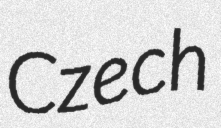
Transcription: Czech